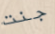
جنت